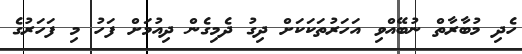
ހެދި މުބާރާތް ނުބޭއްވި އަހަރުތަކަކަށް ދިގު ދެމިގެން ދިއުމަށް ފަހު މި ފަހަރުގެ